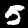
Label: 5